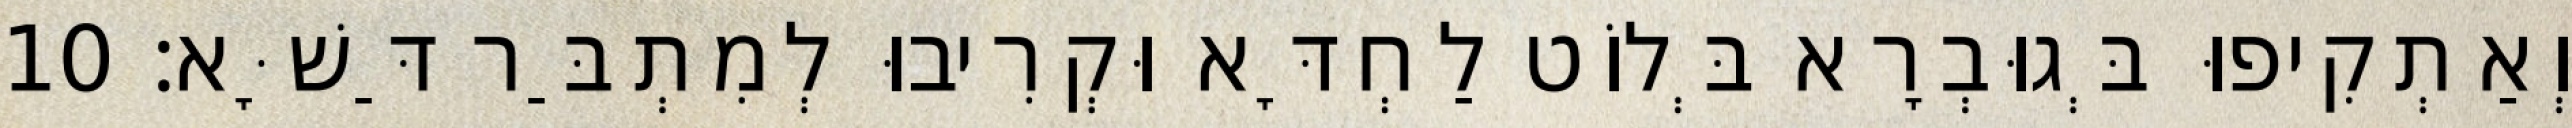
וְאַתְקִיפוּ בְּגוּבְרָא בְּלוֹט לַחְדָּא וּקְרִיבוּ לְמִתְבַּר דַּשָּׁא׃ 10